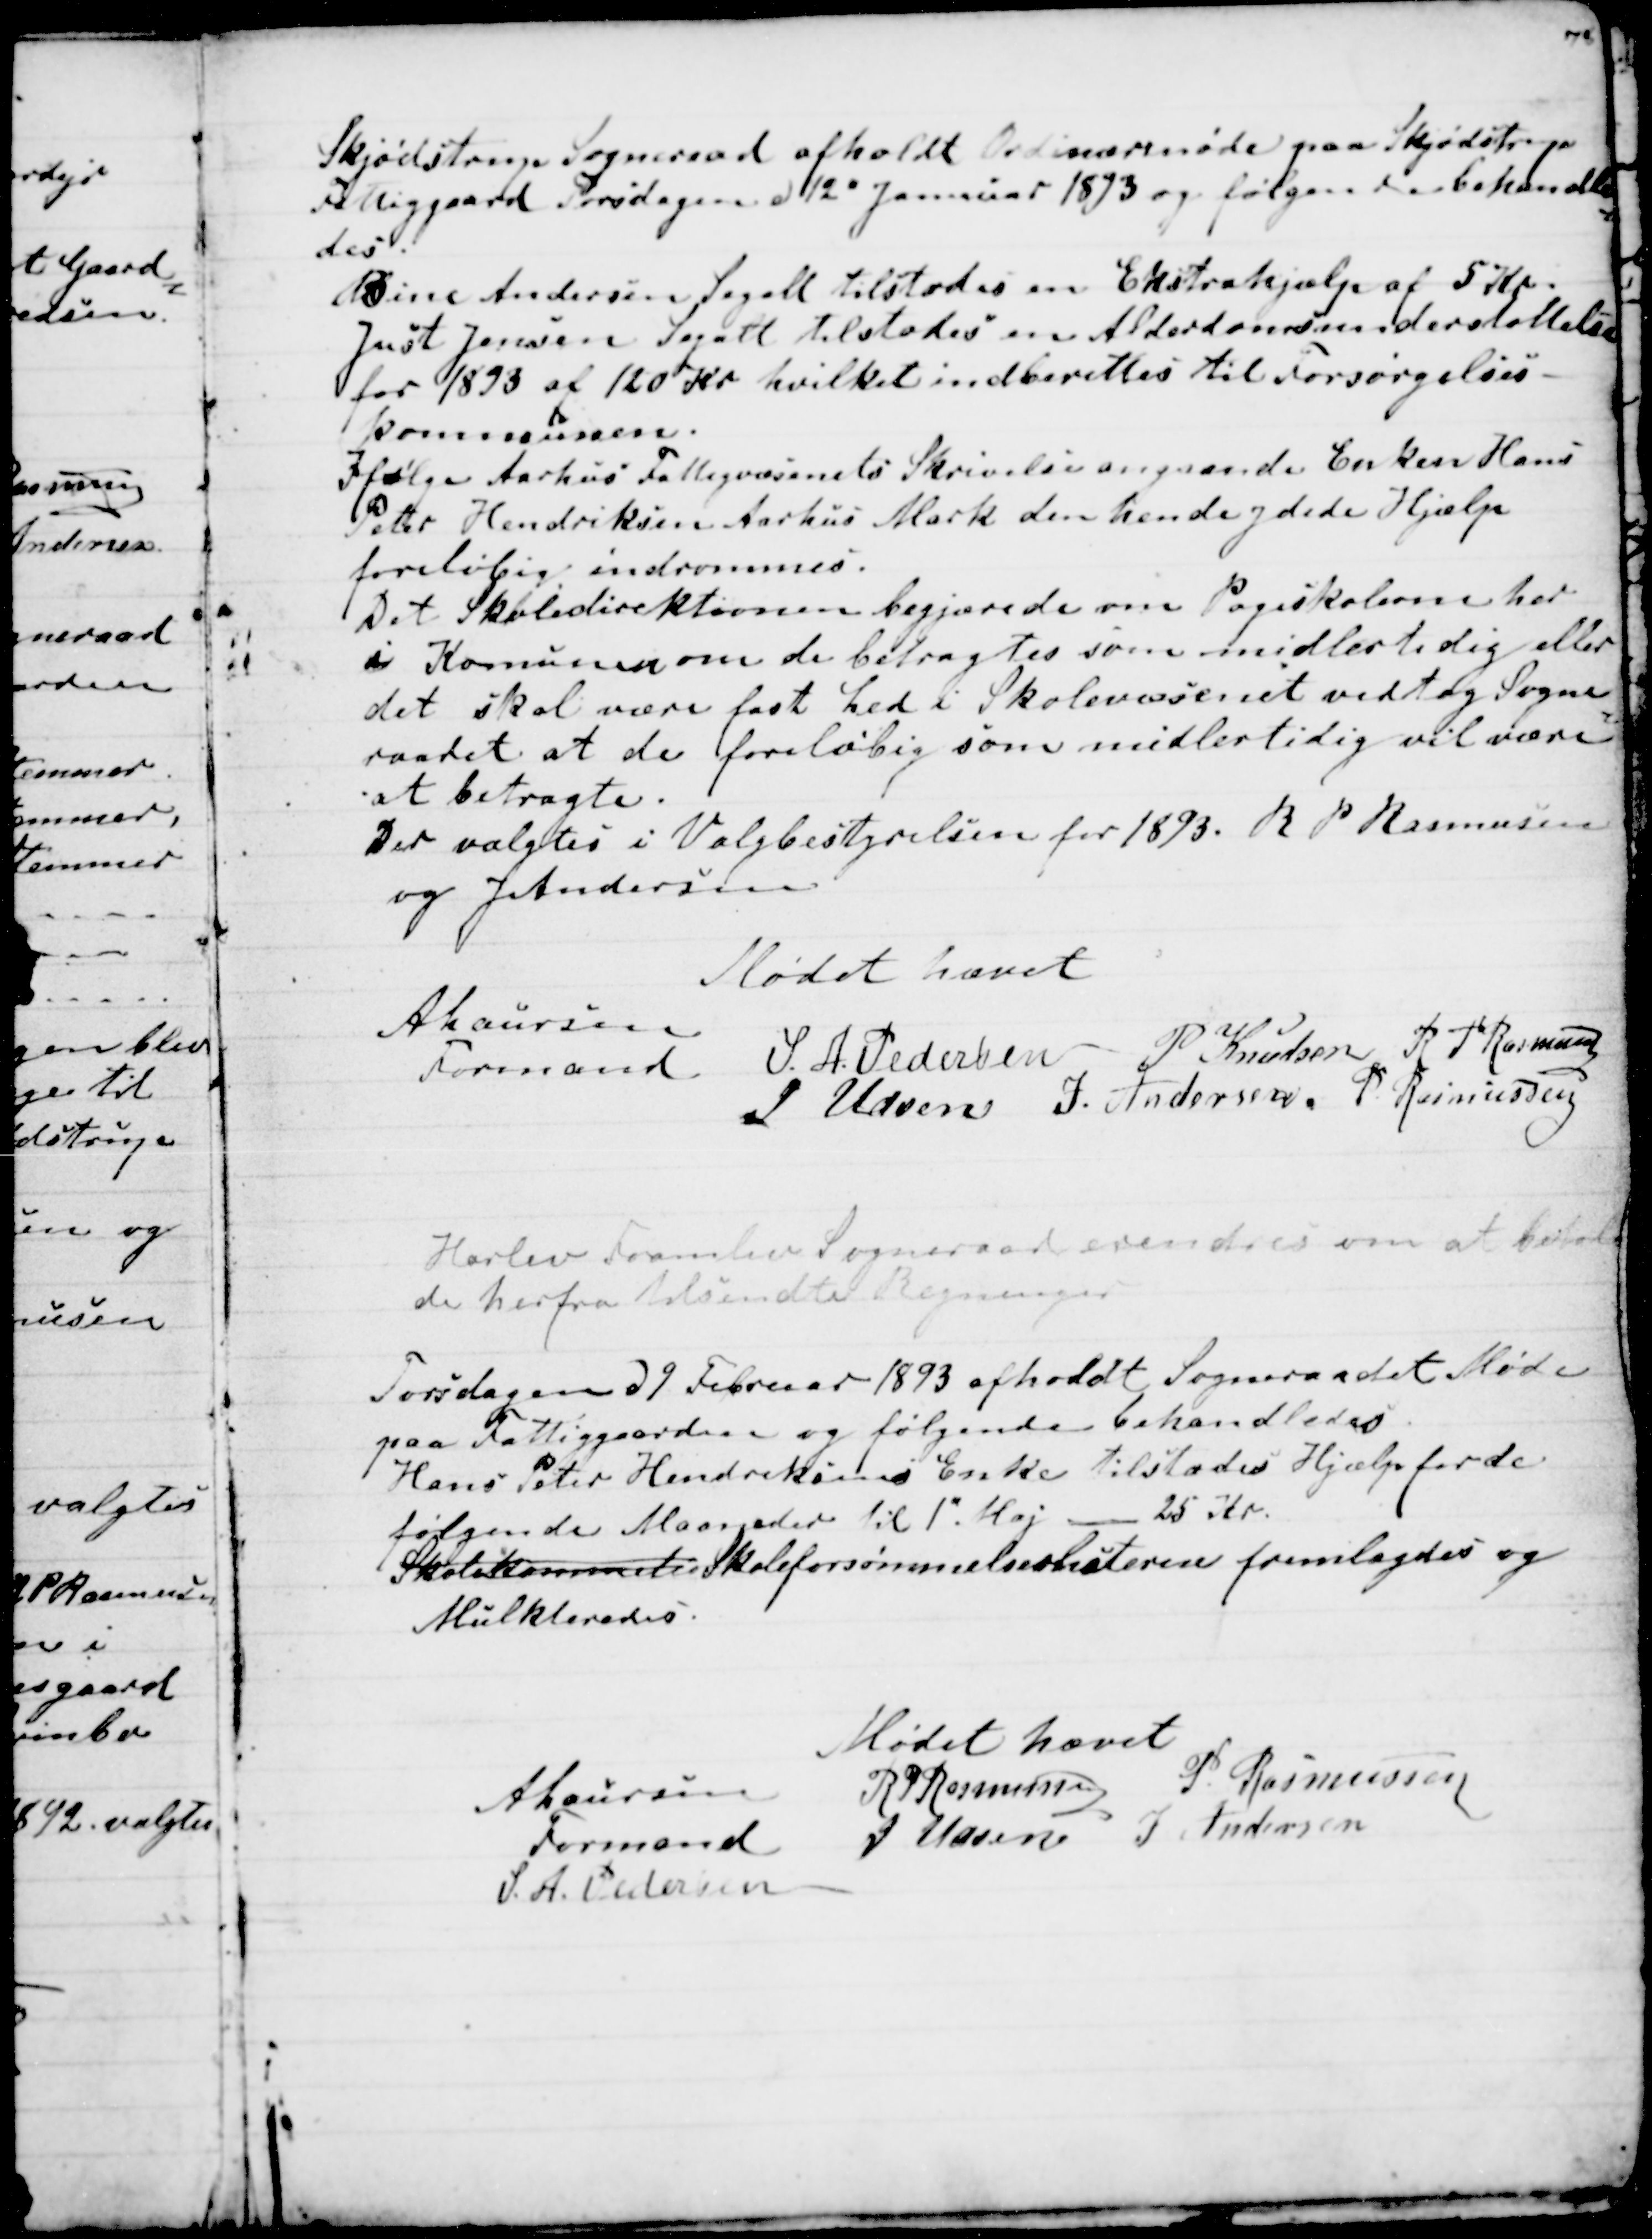
Transskription:
Skjødstrup Sogneraad afholdt Ordinærmøde paa Skjødstrup
Fattiggaard Torsdagen d 12" Jannuar 1893 og følgende behandle
=
des.
Bine Andersen Segalt tilstodes en Ekstrahjælp af 5 Kr.
Just Jensen Segalt tilstodes en Alderdomsunderstøttelse
for 1893 af 120 Kr hvilket indberettes til Forsørgelses-
kommunen.
Ifølge Aarhus Fattigvæsenets Skrivelse angaaende Enken Hans
Peter Hendriksen Aarhus Mark den hende ydede Hjælp
foreløbig indrømmes.
Det Skoledirektionen begjærede om Pogeskolerne her
i Komunen om de betragtes som midlertidig eller
det skal være fast Led i Skolevæsenet vedtog Sogne
=
raadet at de foreløbig som midlertidig vil være
at betragte.
Der valgtes i Valgbestyrelsen for 1893. R P Rasmussen
og J Andersen
Mødet hævet
A Laursen
Formand
S. A. Pedersen
P Knudsen
R P Rasmussen
J Udsen
J. Andersen.
P Rasmussen

Harlev Framlev Sogneraad erindres om at betale
de herfra tilsendte Regninger

Torsdagen d 9 Februar 1893 afholdt Sogneraadet Møde
paa Fattiggaarden og følgende behandledes.
Hans Peter Hendriksens Enke tilstodes Hjælp for de
følgende Maaneder til 1" Maj - 25 Kr.
Skolekommeti Skoleforsømmelseslisterne fremlagdes og
Mulkteredes.
Mødet hævet
A Laursen
Formand
R P Rasmussen
P. Rasmussen
J Udsen
J Andersen
S. A. Pedersen